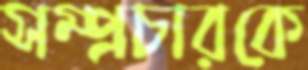
সম্প্রচারকে